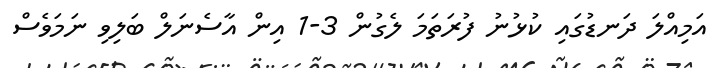
އަމިއްލަ ދަނޑުގައި ކުޅުނު ފުރަތަމަ ލެގުން 3-1 އިން އާސެނަލް ބަލިވި ނަމަވެސް